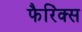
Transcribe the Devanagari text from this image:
फैरिंक्स